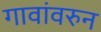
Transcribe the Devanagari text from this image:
गावांवरुन